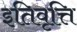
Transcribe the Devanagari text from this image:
इतिवृत्ति